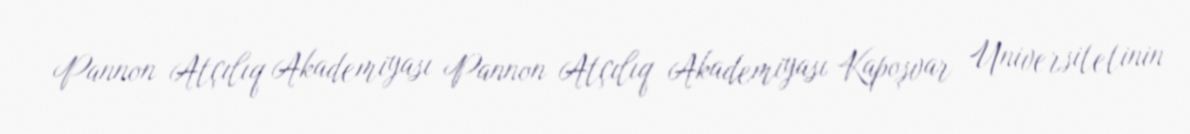
Pannon Atçılıq Akademiyası Pannon Atçılıq Akademiyası Kapoşvar Universitetinin